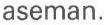
aseman.